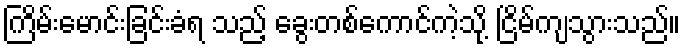
ကြိမ်းမောင်းခြင်းခံရ သည့် ခွေးတစ်ကောင်ကဲ့သို့ ငြိမ်ကျသွားသည်။